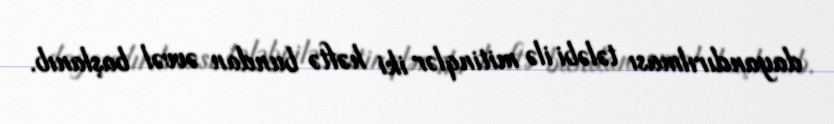
dayandırılması tələbi ilə mitinqlər iki həftə bundan əvvəl başlanıb.